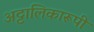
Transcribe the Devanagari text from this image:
अट्टालिकारूपी